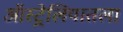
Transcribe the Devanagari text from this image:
ऑस्ट्रेलियातला